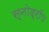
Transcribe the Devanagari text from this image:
स्नोड्रॉप